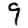
Digit: 9